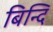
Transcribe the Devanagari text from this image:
बिन्दि